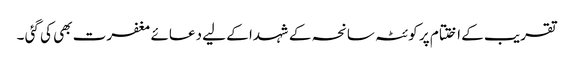
تقریب کے اختتام پر کوئٹہ سانحہ کے شہدا کے لیے دعائے مغفرت بھی کی گئی ۔